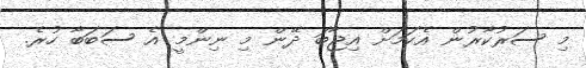
މި ސަރުކާރުން އެކަމަށް އިޖާބަ ދޭން މި ނިންމީ އެ ސަބަބާ ހުރެ.